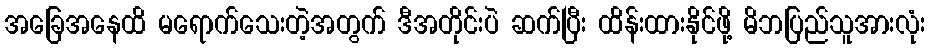
အခြေအနေထိ မရောက်သေးတဲ့အတွက် ဒီအတိုင်းပဲ ဆက်ပြီး ထိန်းထားနိုင်ဖို့ မိဘပြည်သူအားလုံး